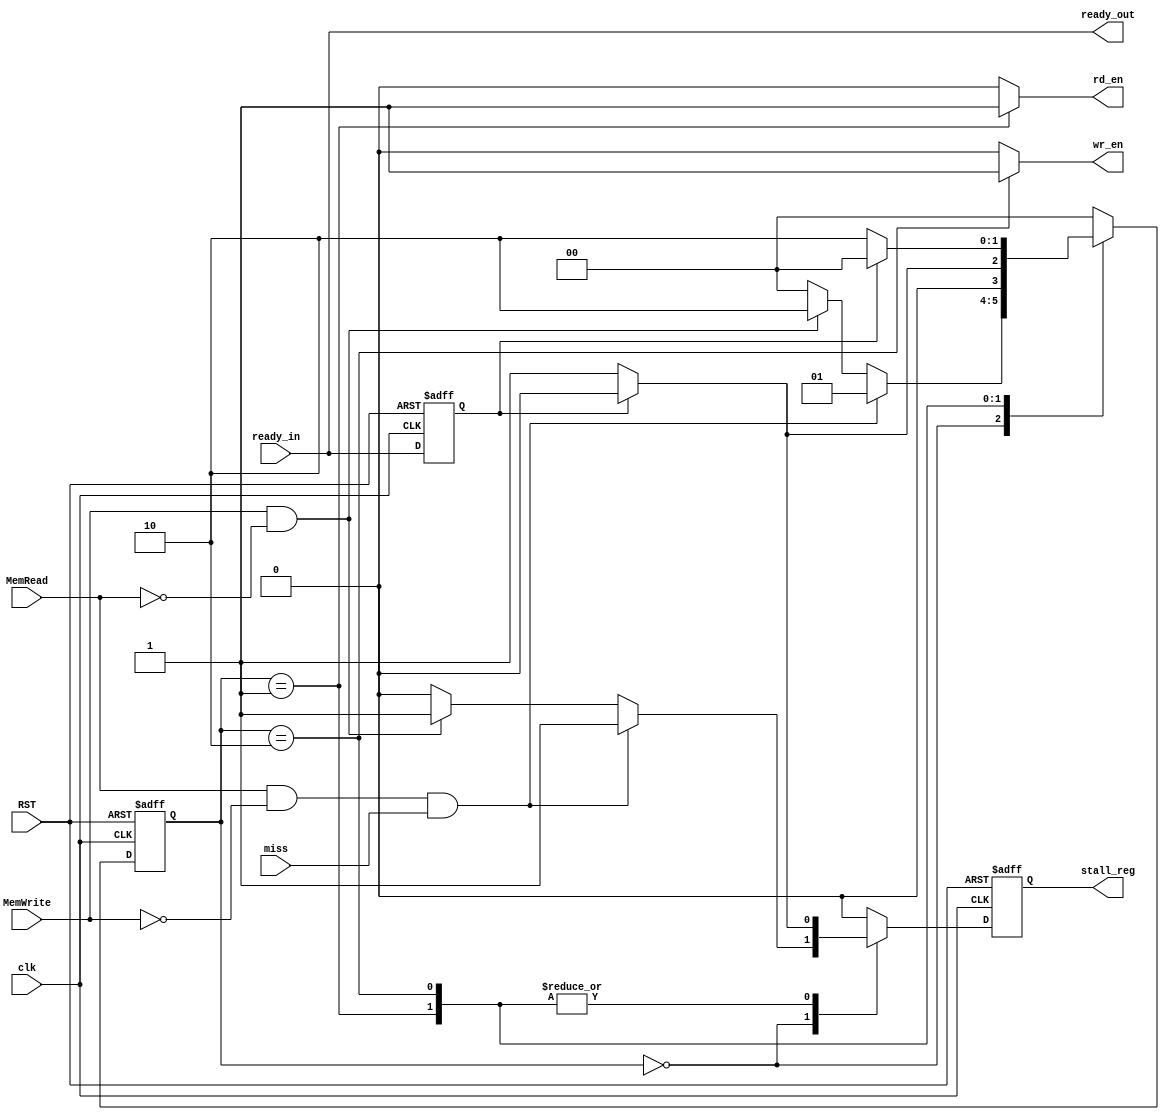
module cache_controller (
	input wire											clk,RST,ready_in,MemRead,MemWrite,miss,
	// input wire						[9:0]				WA,
	output reg											stall_reg,ready_out,wr_en,rd_en
	// output reg					[4:0]				index_out,
	// output reg					[1:0]				offset_out
);

	localparam	IDLE=2'b0 ,
						READ=2'b1,
						WRITE=2'b10 ;

	reg								[1:0]				current_state, next_state ;
	reg													stall, ready_reg ;
	// reg														valid     [0:31] ;
	// reg								[2:0]				tag		[0:31] ;
	
always@(negedge clk or negedge RST)
	begin
		if(!RST)
			begin
				current_state<=IDLE ;
				stall_reg<=1'b0 ;
				// ready_reg<=1'b0 ;
			end
		else
			begin
				current_state<=next_state ;
				stall_reg<=stall ;
				// ready_reg<=ready_in ;
			end
	end

always@(posedge clk or negedge RST)
	begin
		if(!RST)
			begin
				ready_reg<=1'b0 ;
			end
		else
			begin
				ready_reg<=ready_in ;
			end			
	end
	
always@(*)
	begin
		stall=1'b0 ;
		ready_out=ready_in ;
		wr_en=1'b0 ;		
		rd_en=1'b0 ;
		next_state=IDLE ;
		// miss=1'b0 ;
		// index_out=5'b0 ;
		// offset_out=5'b0 ;		
		case(current_state)
			IDLE: begin
						 if(MemRead &(!MemWrite)&miss)
							begin
								next_state=READ ;
								stall=1'b1 ;
							end
						else if(MemWrite &(!MemRead))
							begin
								next_state=WRITE ;
								stall=1'b1 ;
							end
						else
							begin
								next_state=IDLE ;
							end
					  end
			READ: begin
						 // index_out=WA[6:2] ;
						 // offset_out=WA[1:0] ;
						stall=1'b1 ;
						rd_en=1'b1 ;
						ready_out=ready_in ;
						if(ready_reg)
							begin
								next_state=IDLE ;
								stall=1'b0 ;
							end
						else
							begin
								next_state=READ ;
							end
					   end
			WRITE: begin
							 stall=1'b1 ;
							 wr_en=1'b1 ;
							ready_out=ready_in ;
							if(ready_reg)
								begin
									next_state=IDLE ;
									stall=1'b0 ;
								end
							else
								begin
									next_state=WRITE ;
								end							 
						 end
			default: begin
							next_state=IDLE ;	
						  end
		endcase
	end

endmodule